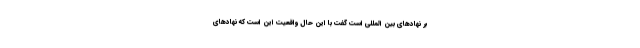
بر نهادهای بین المللی است گفت با این حال واقعیت این است که نهادهای